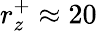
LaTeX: r_{z}^{+}\approx 20